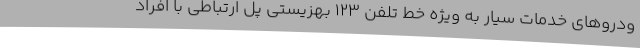
ودروهای خدمات سیار به ویژه خط تلفن 123 بهزیستی پل ارتباطی با افراد